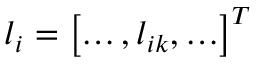
\boldsymbol { l } _ { i } = \left[ \ldots , l _ { i k } , \ldots \right] ^ { T }